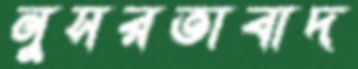
নুসরতাবাদ